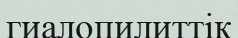
гиалопилиттік